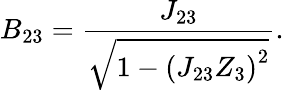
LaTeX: B_{23}=\frac{J_{23}}{\sqrt{1-\left(J_{23}Z_{3}\right)^{2}}}.